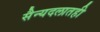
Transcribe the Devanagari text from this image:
सैन्यदलातही